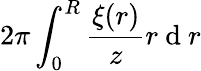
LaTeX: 2\pi\int_{0}^{R}\frac{\xi(r)}{z}r\mathrm{~d~}r